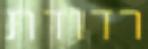
רדודת